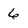
Character: 6